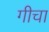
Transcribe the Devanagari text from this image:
गीचा